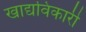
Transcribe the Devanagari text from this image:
खाद्यविकारी